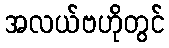
အလယ်ဗဟိုတွင်